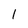
Character: 1